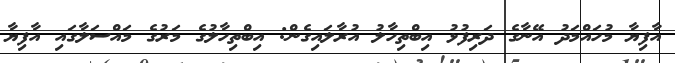
އާފިޔާ މުހައްމަދު އޭނާގެ ދަރިފުޅު އިބްތިހާލު އުރާލައިގެން: އިބްތިހާލުގެ މަރުގެ މައްސަލާގައި އާފިޔާ